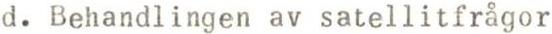
d. Behandlingen av satellitfrågor